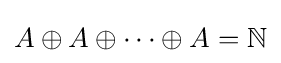
A\oplus A\oplus \cdots \oplus A=\mathbb {N}